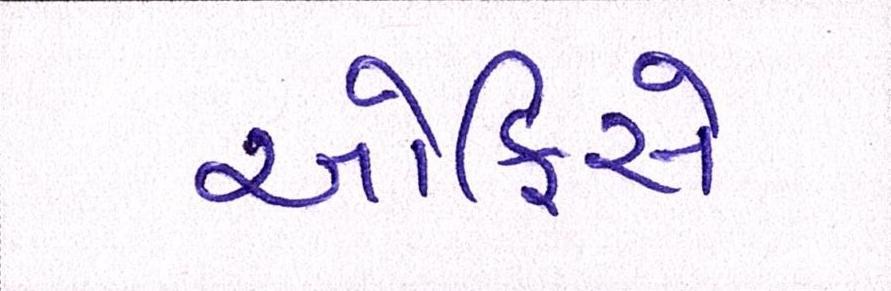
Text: ઓફિસે